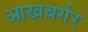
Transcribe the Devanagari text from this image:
आखबर्गर